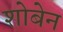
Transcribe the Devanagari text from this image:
शोबेन